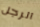
الرجل